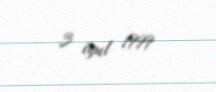
3 iyul 1999